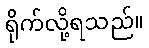
ရိုက်လို့ရသည်။